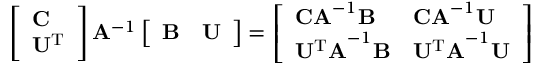
\begin{array} { r } { \left[ \begin{array} { l } { \mathbf { C } } \\ { \mathbf { U ^ { \mathrm { T } } } } \end{array} \right] \mathbf { A } ^ { - 1 } \left[ \begin{array} { l l } { \mathbf { B } } & { \mathbf { U } } \end{array} \right] = \left[ \begin{array} { l l } { \mathbf { C A } ^ { - 1 } \mathbf { B } } & { \mathbf { C A } ^ { - 1 } \mathbf { U } } \\ { \mathbf { U ^ { \mathrm { T } } A } ^ { - 1 } \mathbf { B } } & { \mathbf { U ^ { \mathrm { T } } A } ^ { - 1 } \mathbf { U } } \end{array} \right] } \end{array}